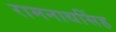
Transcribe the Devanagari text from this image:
रामनाथसिंह